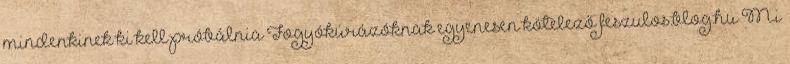
mindenkinek ki kell próbálnia Fogyókúrázóknak egyenesen kötelező feszulos.blog.hu Mi